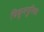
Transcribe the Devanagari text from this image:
चिकूनगुनिया